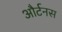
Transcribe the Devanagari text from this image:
और्टनस